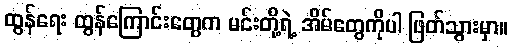
ထွန်ရေး ထွန်ကြောင်းတွေက မင်းတို့ရဲ့ အိမ်တွေကိုပါ ဖြတ်သွားမှာ။